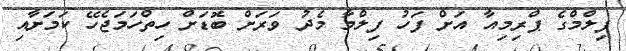
ފިލްމްގެ ޕްރިމިއާ އަށް ފަހު ފިލްމާ މެދު ވަރަށް ބޮޑަށް ހިތްހަމަޖެހޭ ކަމަށާއި